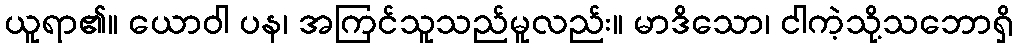
ယူရာ၏။ ယောဝါ ပန၊ အကြင်သူသည်မူလည်း။ မာဒိသော၊ ငါကဲ့သို့သဘောရှိ